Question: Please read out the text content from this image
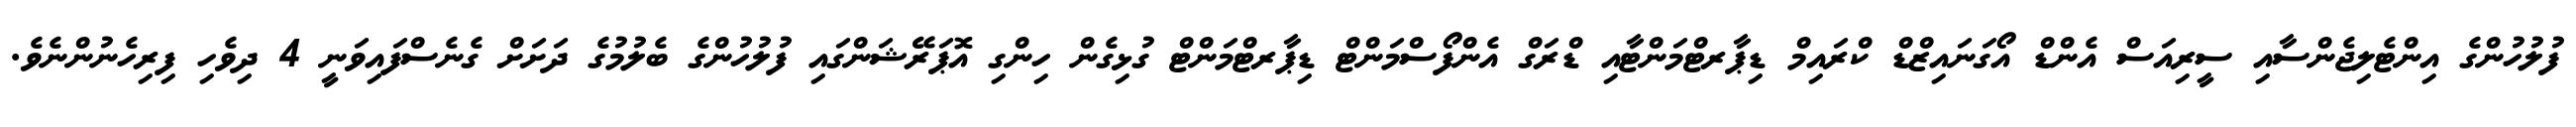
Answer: ފުލުހުންގެ އިންޓެލިޖެންސާއި ސީރިއަސް އެންޑް އޯގަނައިޒްޑް ކްރައިމް ޑިޕާރޓްމަންޓާއި ޑްރަގް އެންފޯސްމަންޓް ޑިޕާރޓްމަންޓް ގުޅިގެން ހިންގި އޮޕަރޭޝަންގައި ފުލުހުންގެ ބެލުމުގެ ދަށަށް ގެނެސްފައިވަނީ 4 ދިވެހި ފިރިހެނުންނެވެ.